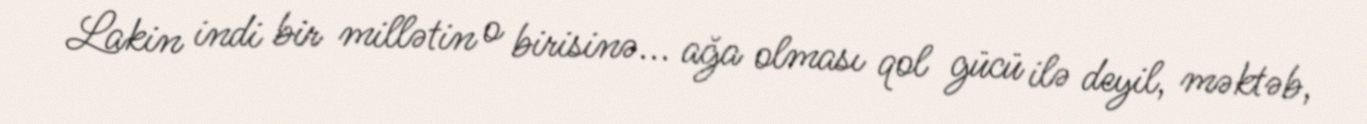
Lakin indi bir millətin o birisinə... ağa olması qol gücü ilə deyil, məktəb,